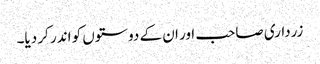
زرداری صاحب اور ان کے دوستوں کو اندر کر دیا۔